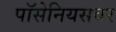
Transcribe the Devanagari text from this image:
पॉसेनियसवर